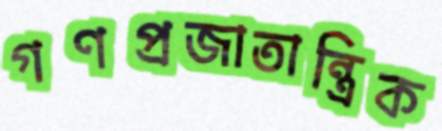
গণপ্রজাতান্ত্রিক